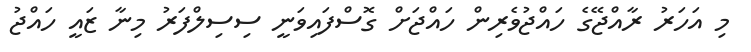
މި އަހަރު ރާއްޖޭގެ ހައްޖުވެރިން ހައްޖަށް ގޮސްފައިވަނީ ސިސިލްފަރު މިނާ ޒައީ ހައްޖު